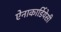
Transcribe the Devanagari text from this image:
ऐनाकार्डियेसी